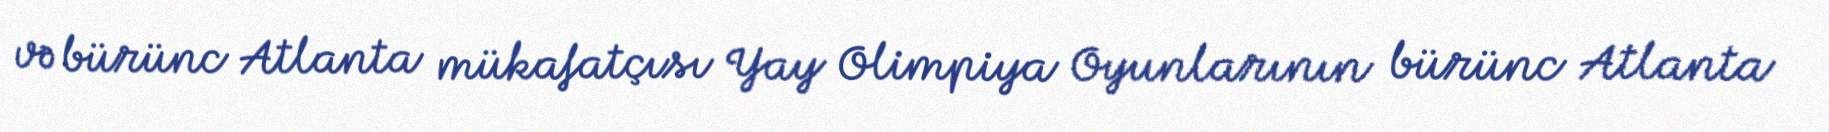
və bürünc Atlanta mükafatçısı Yay Olimpiya Oyunlarının bürünc Atlanta